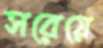
সরেয়ে